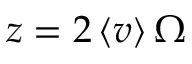
z = 2 \left\langle v \right\rangle \Omega